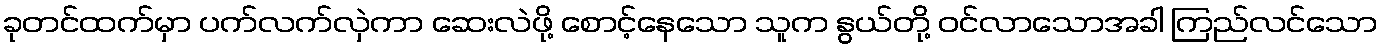
ခုတင်ထက်မှာ ပက်လက်လှဲကာ ဆေးလဲဖို့ စောင့်နေသော သူက နွယ်တို့ ဝင်လာသောအခါ ကြည်လင်သော